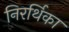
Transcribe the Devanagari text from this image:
निरर्थिका